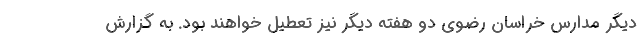
دیگر مدارس خراسان رضوی دو هفته دیگر نیز تعطیل خواهند بود. به گزارش